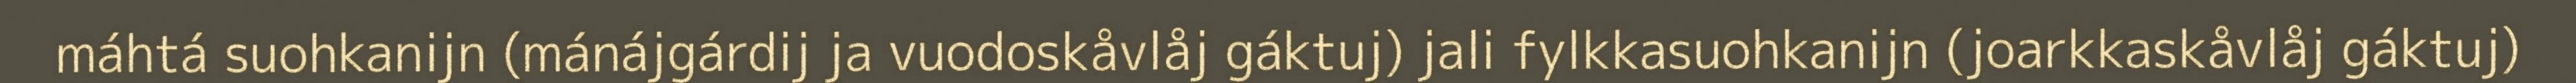
máhtá suohkanijn (mánájgárdij ja vuodoskåvlåj gáktuj) jali fylkkasuohkanijn (joarkkaskåvlåj gáktuj)